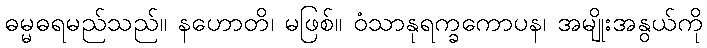
ဓမ္မဓရမည်သည်။ နဟောတိ၊ မဖြစ်။ ဝံသာနုရက္ခကောပန၊ အမျိုးအနွယ်ကို